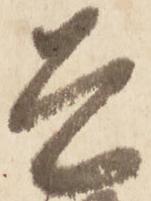
是